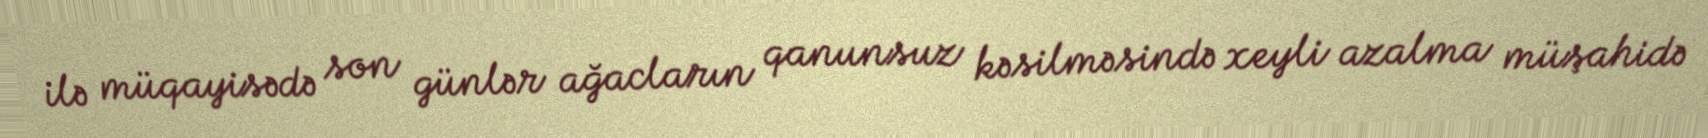
ilə müqayisədə son günlər ağacların qanunsuz kəsilməsində xeyli azalma müşahidə